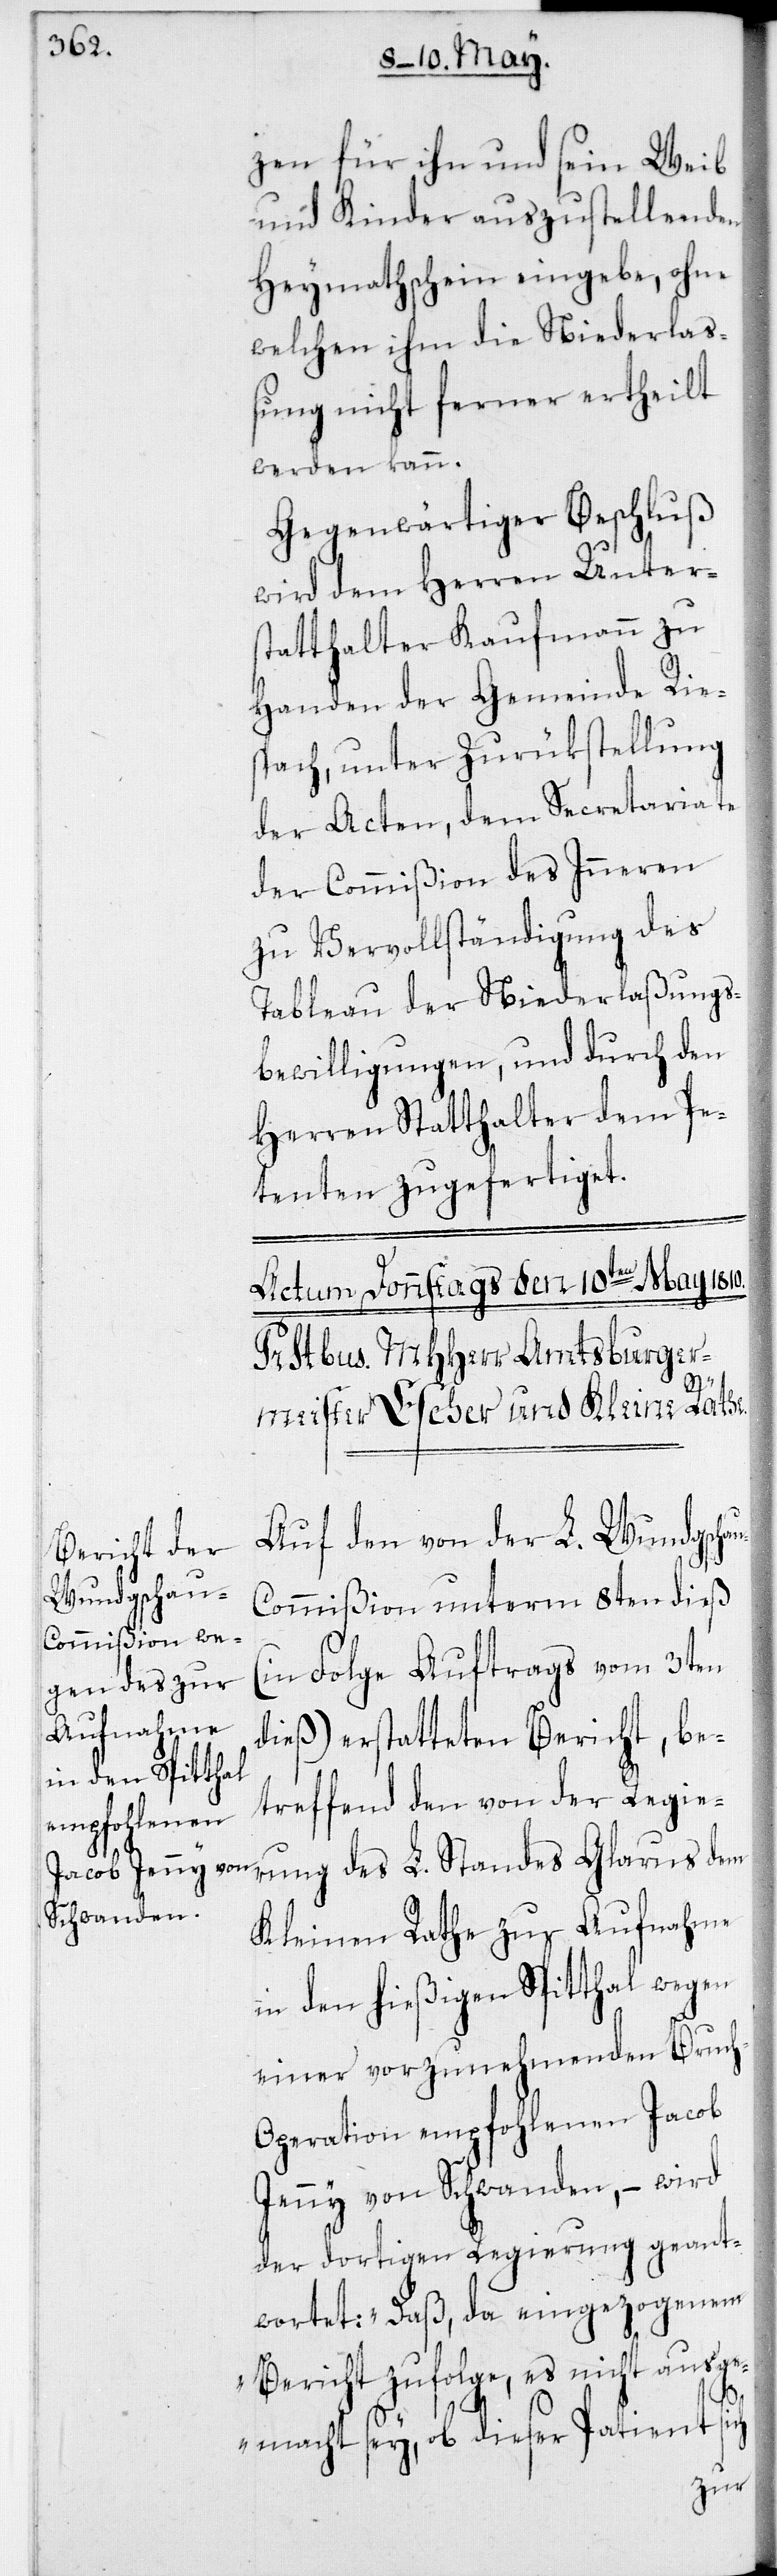
zen für ihn und sein Weib
und Kinder auszustellenden
Heymathschein eingebe, ohne
welchen ihm die Niederlaß¬
ung nicht ferner ertheilt
werden kann.
Gegenwärtiger Beschluß
wird dem Herren Unter¬
statthalter Kaufmann zu
Handen der Gemeinde Rie¬
spach, unter Zurükstellung
der Acten, dem Secretariate
der Commißion des Inneren
zu Vervollständigung des
Tableau der Niederlaßungs¬
bewilligungen, und durch den
Herren Statthalter dem Pe¬
tenten zugefertiget.
au-C¬
Auf den von der L. Wundgsch¬
ommißion unterm 8ten dieß
(in Folge Auftrags vom 3ten
dieß) erstatteten Bericht, be¬
treffend den von der Regie¬
rung des L. Standes Glarus dem
Kleinen Rathe zur Aufnahme
in den hießigen Spitthal wegen
einer vorzunehmenden Bruc¬
h-Operation empfohlenen Jacob
Jenny von Schwanden, – wird
der dortigen Regierung geant¬
wortet: „Daß, da eingezogenem
Bericht zufolge, es nicht ausg¬
emacht sey, ob dieser Patient sich